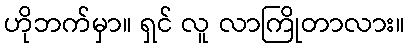
ဟိုဘက်မှာ။ ရှင် လူ လာကြိုတာလား။